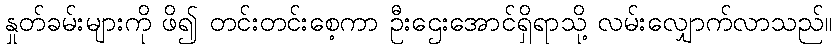
နှုတ်ခမ်းများကို ဖိ၍ တင်းတင်းစေ့ကာ ဦးဌေးအောင်ရှိရာသို့ လမ်းလျှောက်လာသည်။